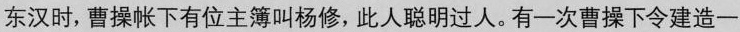
东汉时，曹操帐下有位主簿叫杨修，此人聪明过人。有一次曹操下令建造一